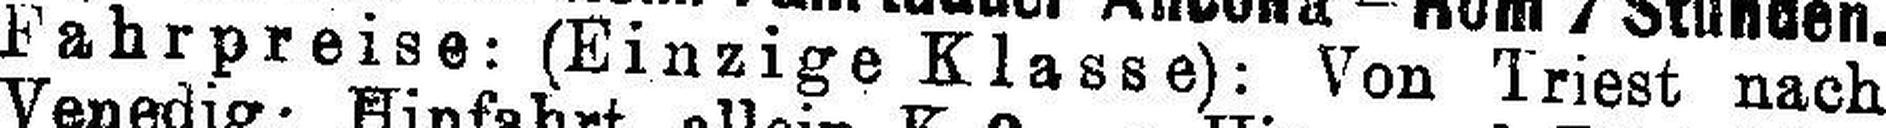
Fahrpreise: (Einzige Klasse): Von Triest nach